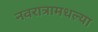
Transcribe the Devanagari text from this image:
नवरात्रामधल्या